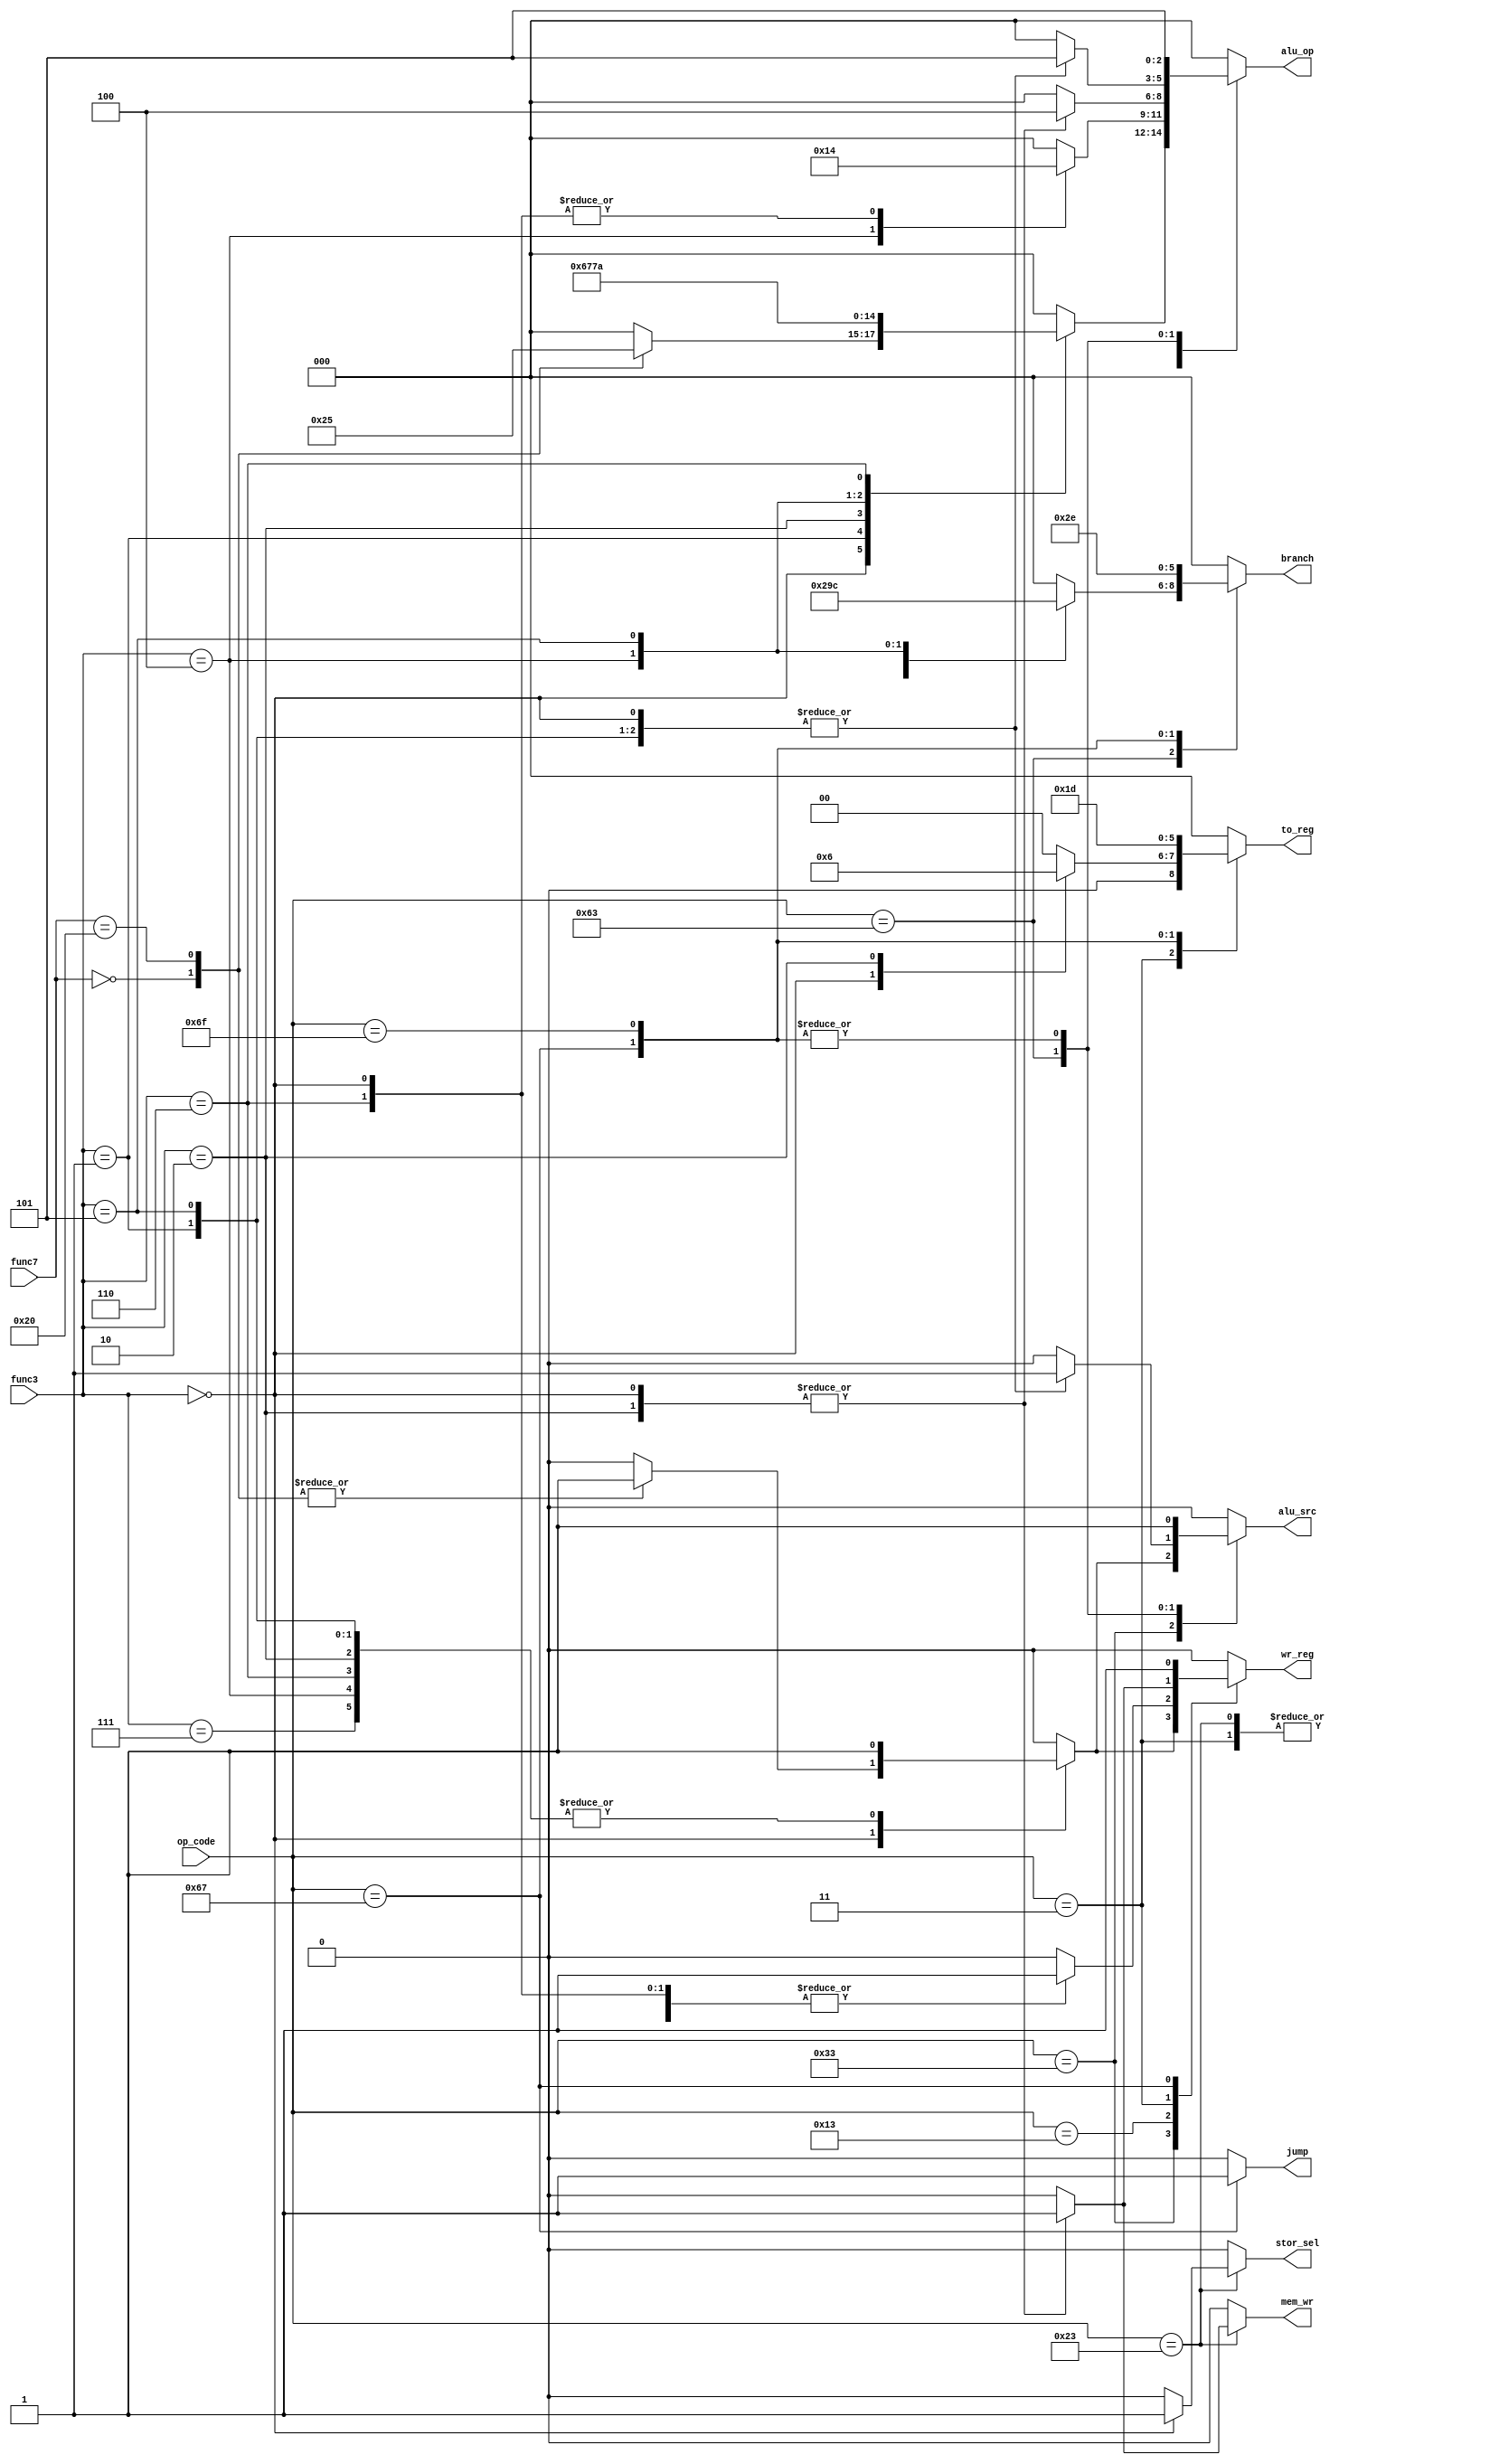
/* 
Single cycle RISC-V CPU (RV32I)
Author: Mehran Goli
Version: 1.0
Date: 01-10-2020
*/



module CTLR_Unit_RV32I
	(input [6:0] op_code, func7,
	 input [2:0] func3,
	 output reg jump, mem_wr, stor_sel, alu_src, wr_reg,
	 output reg [2:0] to_reg, branch, alu_op);
	
	
	always@(op_code, func3, func7) begin
		
		case (op_code)
			7'b0110011: 	//R-type Instructions
				case (func3)
					3'b000:
						case (func7)
							7'b0000000: begin	//Addition
								jump = 1'b0;
								mem_wr = 1'b0;
								stor_sel = 1'b0;
								alu_src = 1'b1;
								wr_reg = 1'b1;
								branch = 3'b000;
								to_reg = 3'b000;
								alu_op = 3'b100;	
							end
							7'b0100000: begin	//Subtraction
								jump = 1'b0;
								mem_wr = 1'b0;
								stor_sel = 1'b0;
								alu_src = 1'b1;
								wr_reg = 1'b1;
								branch = 3'b000;
								to_reg = 3'b000;
								alu_op = 3'b101;
							end
							default: begin	//default values
								jump = 1'b0;
								mem_wr = 1'b0;
								stor_sel = 1'b0;
								alu_src = 1'b0;
								wr_reg = 1'b0;
								branch = 3'b000;
								to_reg = 3'b000;
								alu_op = 3'b000;								
							end
						endcase
					3'b001:begin	//SLL
						jump = 1'b0;
						mem_wr = 1'b0;
						stor_sel = 1'b0;
						alu_src = 1'b1;
						wr_reg = 1'b1;
						branch = 3'b000;
						to_reg = 3'b000;
						alu_op = 3'b110;						
					end
					3'b010:begin	//SLT
						jump = 1'b0;
						mem_wr = 1'b0;
						stor_sel = 1'b0;
						alu_src = 1'b1;
						wr_reg = 1'b1;
						branch = 3'b000;
						to_reg = 3'b000;
						alu_op = 3'b011;						
					end
					3'b100:begin	//XOR
						jump = 1'b0;
						mem_wr = 1'b0;
						stor_sel = 1'b0;
						alu_src = 1'b1;
						wr_reg = 1'b1;
						branch = 3'b000;
						to_reg = 3'b000;
						alu_op = 3'b101;						
					end
					3'b101:begin	//SRL
						jump = 1'b0;
						mem_wr = 1'b0;
						stor_sel = 1'b0;
						alu_src = 1'b1;
						wr_reg = 1'b1;
						branch = 3'b000;
						to_reg = 3'b000;
						alu_op = 3'b111;						
					end
					3'b110:begin	//OR
						jump = 1'b0;
						mem_wr = 1'b0;
						stor_sel = 1'b0;
						alu_src = 1'b1;
						wr_reg = 1'b1;
						branch = 3'b000;
						to_reg = 3'b000;
						alu_op = 3'b010;						
					end
					3'b111:begin	//AND
						jump = 1'b0;
						mem_wr = 1'b0;
						stor_sel = 1'b0;
						alu_src = 1'b1;
						wr_reg = 1'b1;
						branch = 3'b000;
						to_reg = 3'b000;
						alu_op = 3'b000;						
					end
					default: begin	//default values
						jump = 1'b0;
						mem_wr = 1'b0;
						stor_sel = 1'b0;
						alu_src = 1'b0;
						wr_reg = 1'b0;
						branch = 3'b000;
						to_reg = 3'b000;
						alu_op = 3'b000;						
					end	
				endcase

			7'b0010011:		//I-type (Immediate Arithmetic Instructions)
				case (func3)
					3'b000:begin	//ADDI
						jump = 1'b0;
						mem_wr = 1'b0;
						stor_sel = 1'b0;
						alu_src = 1'b0;
						wr_reg = 1'b1;
						branch = 3'b000;
						to_reg = 3'b000;
						alu_op = 3'b100;						
					end
					3'b111:begin	//ANDI
						jump = 1'b0;
						mem_wr = 1'b0;
						stor_sel = 1'b0;
						alu_src = 1'b0;
						wr_reg = 1'b1;
						branch = 3'b000;
						to_reg = 3'b000;
						alu_op = 3'b000;						
					end
					3'b100:begin	//XORI
						jump = 1'b0;
						mem_wr = 1'b0;
						stor_sel = 1'b0;
						alu_src = 1'b0;
						wr_reg = 1'b1;
						branch = 3'b000;
						to_reg = 3'b000;
						alu_op = 3'b010;						
					end	
					3'b110:begin	//ORI
						jump = 1'b0;
						mem_wr = 1'b0;
						stor_sel = 1'b0;
						alu_src = 1'b0;
						wr_reg = 1'b1;
						branch = 3'b000;
						to_reg = 3'b000;
						alu_op = 3'b100;						
					end	
					default: begin	//default values
						jump = 1'b0;
						mem_wr = 1'b0;
						stor_sel = 1'b0;
						alu_src = 1'b0;
						wr_reg = 1'b0;
						branch = 3'b000;
						to_reg = 3'b000;
						alu_op = 3'b000;						
					end
				endcase
			7'b0000011:		//I-type (LOADS)
				case (func3)
					3'b000:begin	//LB
						jump = 1'b0;
						mem_wr = 1'b0;
						stor_sel = 1'b0;
						alu_src = 1'b0;
						wr_reg = 1'b1;
						branch = 3'b000;
						to_reg = 3'b001;
						alu_op = 3'b100;						
					end	
					3'b010:begin	//LW
						jump = 1'b0;
						mem_wr = 1'b0;
						stor_sel = 1'b0;
						alu_src = 1'b0;
						wr_reg = 1'b1;
						branch = 3'b000;
						to_reg = 3'b010;
						alu_op = 3'b100;						
					end	
					default: begin	//default values
						jump = 1'b0;
						mem_wr = 1'b0;
						stor_sel = 1'b0;
						alu_src = 1'b0;
						wr_reg = 1'b0;
						branch = 3'b000;
						to_reg = 3'b000;
						alu_op = 3'b000;						
					end					
				endcase
			7'b0100011:		//I-type (STORE)
				case (func3)
					3'b000:begin	//SB
						jump = 1'b0;
						mem_wr = 1'b1;
						stor_sel = 1'b1;
						alu_src = 1'b0;
						wr_reg = 1'b0;
						branch = 3'b000;
						to_reg = 3'b000;
						alu_op = 3'b100;						
					end	
					3'b010:begin	//SW
						jump = 1'b0;
						mem_wr = 1'b1;
						stor_sel = 1'b0;
						alu_src = 1'b0;
						wr_reg = 1'b0;
						branch = 3'b000;
						to_reg = 3'b000;
						alu_op = 3'b100;						
					end	
					default: begin	//default values
						jump = 1'b0;
						mem_wr = 1'b0;
						stor_sel = 1'b0;
						alu_src = 1'b0;
						wr_reg = 1'b0;
						branch = 3'b000;
						to_reg = 3'b000;
						alu_op = 3'b000;						
					end					
				endcase				
			7'b1100011:		//Branches
				case (func3)
					3'b000:begin	//BEQ
						jump = 1'b0;
						mem_wr = 1'b0;
						stor_sel = 1'b0;
						alu_src = 1'b1;
						wr_reg = 1'b0;
						branch = 3'b001;
						to_reg = 3'b000;
						alu_op = 3'b101;						
					end	
					3'b001:begin	//BNQ
						jump = 1'b0;
						mem_wr = 1'b0;
						stor_sel = 1'b0;
						alu_src = 1'b1;
						wr_reg = 1'b0;
						branch = 3'b010;
						to_reg = 3'b000;
						alu_op = 3'b101;						
					end	
					3'b100:begin	//BLT
						jump = 1'b0;
						mem_wr = 1'b0;
						stor_sel = 1'b0;
						alu_src = 1'b1;
						wr_reg = 1'b0;
						branch = 3'b011;
						to_reg = 3'b000;
						alu_op = 3'b101;						
					end	
					3'b101:begin	//BGT
						jump = 1'b0;
						mem_wr = 1'b0;
						stor_sel = 1'b0;
						alu_src = 1'b1;
						wr_reg = 1'b0;
						branch = 3'b100;
						to_reg = 3'b000;
						alu_op = 3'b101;						
					end						
					default: begin	//default values
						jump = 1'b0;
						mem_wr = 1'b0;
						stor_sel = 1'b0;
						alu_src = 1'b0;
						wr_reg = 1'b0;
						branch = 3'b000;
						to_reg = 3'b000;
						alu_op = 3'b000;						
					end					
				endcase					
				
			7'b1100111: begin	//JALR
				jump = 1'b1;
				mem_wr = 1'b0;
				stor_sel = 1'b0;
				alu_src = 1'b1;
				wr_reg = 1'b1;
				branch = 3'b101;
				to_reg = 3'b011; //just pass the PC
				alu_op = 3'b101;						
			end
			7'b1101111:begin	//JAL
				jump = 1'b0;
				mem_wr = 1'b0;
				stor_sel = 1'b0;
				alu_src = 1'b1;
				wr_reg = 1'b0;
				branch = 3'b110;
				to_reg = 3'b101;	//need to pass PC+4
				alu_op = 3'b101;						
			end
			default: begin	//default values
				jump = 1'b0;
				mem_wr = 1'b0;
				stor_sel = 1'b0;
				alu_src = 1'b0;
				wr_reg = 1'b0;
				branch = 3'b000;
				to_reg = 3'b000;
				alu_op = 3'b000;						
			end			
		endcase	
	end

endmodule